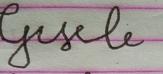
Signature authenticity: forged